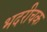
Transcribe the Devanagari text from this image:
भदरीचक